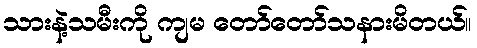
သားနဲ့သမီးကို ကျမ တော်တော်သနားမိတယ်။